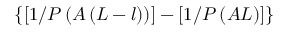
\{ [ 1 / P \left( A \left( L - l \right) \right) ] - [ 1 / P \left( A L \right) ] \}